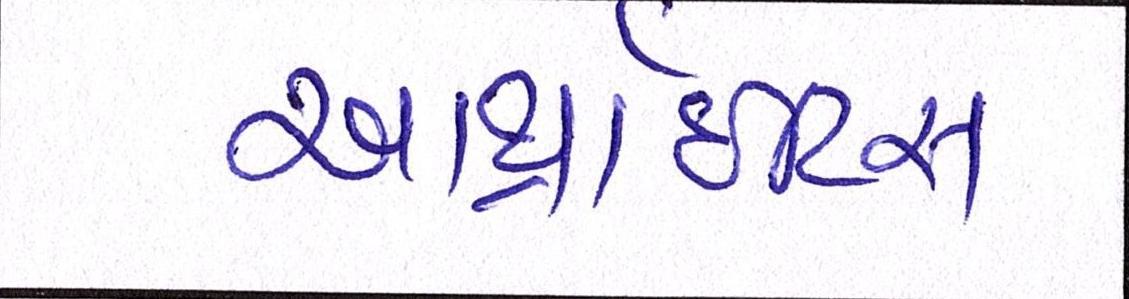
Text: આર્થ્રાઈટિસ